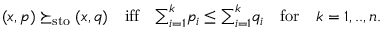
\begin{array} { r } { ( x , p ) \succeq _ { \mathrm { s t o } } ( x , q ) \quad \mathrm { i f f } \quad { \sum } _ { i = 1 } ^ { k } p _ { i } \leq { \sum } _ { i = 1 } ^ { k } q _ { i } \quad \mathrm { f o r } \quad k = 1 , . . , n . } \end{array}